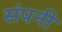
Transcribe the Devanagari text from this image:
संपनी